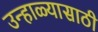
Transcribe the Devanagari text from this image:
उन्हाळ्यासाठी